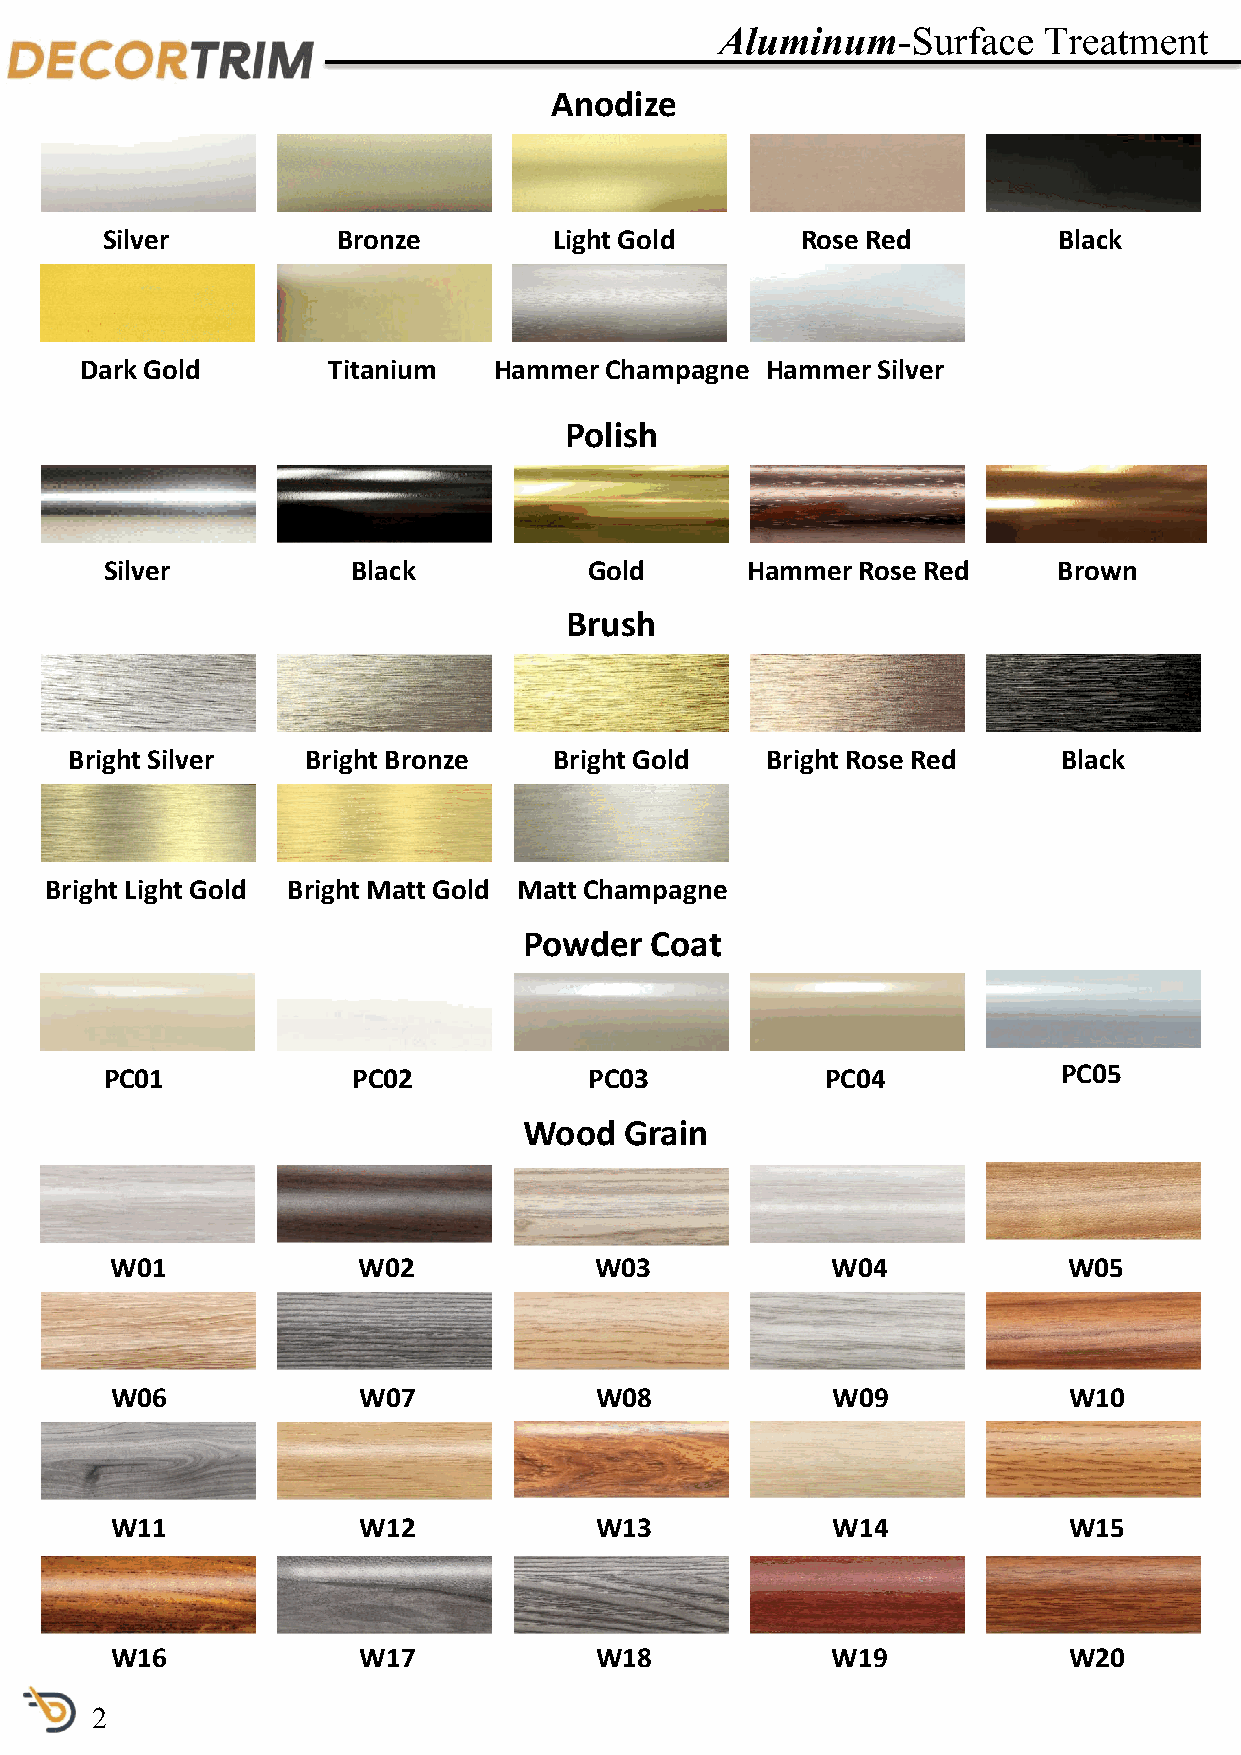
Aluminum-Surface     Treatment
 Anodize
 Silver         Bronze         Light Gold      Rose Red         Black
 Dark Gold        Titanium   Hammer Champagne  Hammer Silver
 Polish
 Silver          Black           Gold      Hammer  Rose Red     Brown
 Brush
 Bright Silver  Bright Bronze    Bright Gold   Bright Rose Red    Black
 Bright Light Gold Bright Matt Gold Matt Champagne
 Powder  Coat
 PC01            PC02            PC03            PC04           PC05
 Wood  Grain
 W01              W02            W03             W04             W05
 W06              W07            W08             W09             W10
 W11              W12            W13             W14             W15
 W16              W17            W18             W19             W20
 2